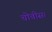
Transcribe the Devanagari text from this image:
चोवीस।